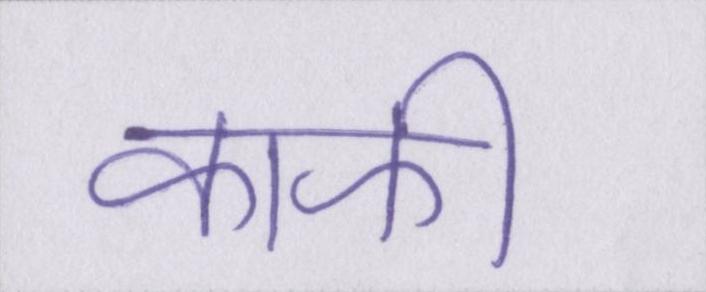
काफी